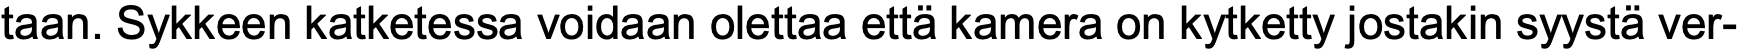
taan. Sykkeen katketessa voidaan olettaa että kamera on kytketty jostakin syystä ver-